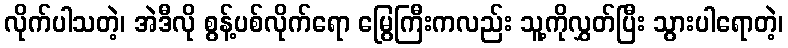
လိုက်ပါသတဲ့၊ အဲဒီလို စွန့်ပစ်လိုက်ရော မြွေကြီးကလည်း သူ့ကိုလွှတ်ပြီး သွားပါရောတဲ့၊